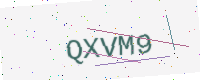
Text: QXVM9